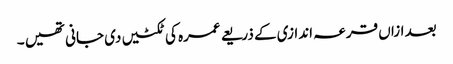
بعد ازاں قرعہ اندازی کے ذریعے عمرہ کی ٹکٹیں دی جانی تھیں ۔